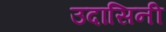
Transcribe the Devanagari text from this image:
उदासिनी